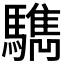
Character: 𩦩